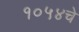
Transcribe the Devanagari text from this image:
१०५४चे